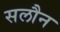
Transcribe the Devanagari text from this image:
सलौन